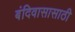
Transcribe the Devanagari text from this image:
बंदिवासासाठी